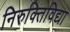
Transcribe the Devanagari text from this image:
निरुक्तिविद्या